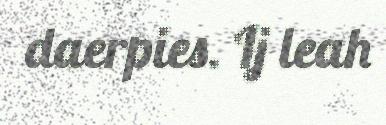
daerpies. Ij leah